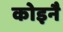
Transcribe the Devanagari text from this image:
कोइनै